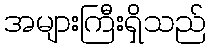
အများကြီးရှိသည်